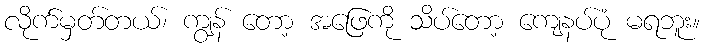
လိုက်မှတ်တယ်၊ ကျွန် တော့ အဖြေကို သိပ်တော့ ကျေနပ်ပုံ မရဘူး။